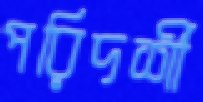
পরিদর্শী